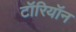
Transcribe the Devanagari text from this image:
टॉरियॉन